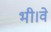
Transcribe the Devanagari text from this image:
भी।वे